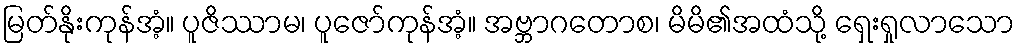
မြတ်နိုးကုန်အံ့။ ပူဇိဿာမ၊ ပူဇော်ကုန်အံ့။ အဗ္ဘာဂတောစ၊ မိမိ၏အထံသို့ ရှေးရှုလာသော